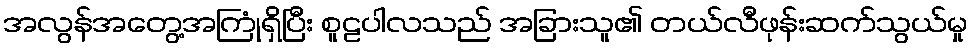
အလွန်အတွေ့အကြုံရှိပြီး စူဠပါလသည် အခြားသူ၏ တယ်လီဖုန်းဆက်သွယ်မှု